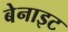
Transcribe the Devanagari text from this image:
बेनाइट